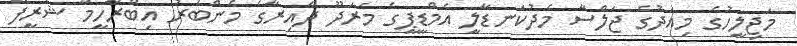
މަޖިލީހުގެ މިއަދުގެ ޖަލްސާ މެދުކަނޑާލީ އެމްޑީޕީގެ މަރަދޫ ދާއިރާގެ މެންބަރު އިބްރާހީމް ޝަރީފް